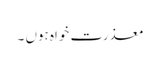
معذرت خواہ ہوں ۔